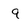
Character: q